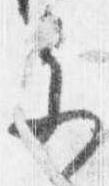
参